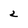
Character: 2